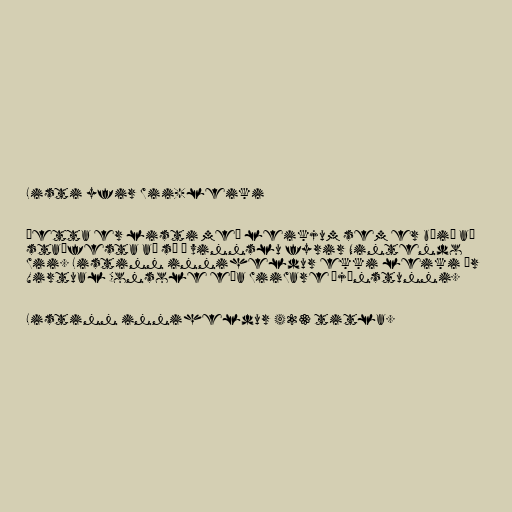
Listi yfir Wii-leiki

Þetta er listi með leikjum sem er búið að
staðfesta að sé í vinnslu fyrir Nintendo
Wii. Listinn inniheldur ekki leiki úr
Virtual Console eða WiiWare þjónstunni.

Listinn inniheldur 423 titla.